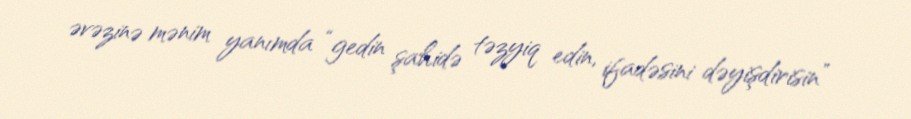
əvəzinə mənim yanımda “gedin şahidə təzyiq edin, ifadəsini dəyişdirisin”